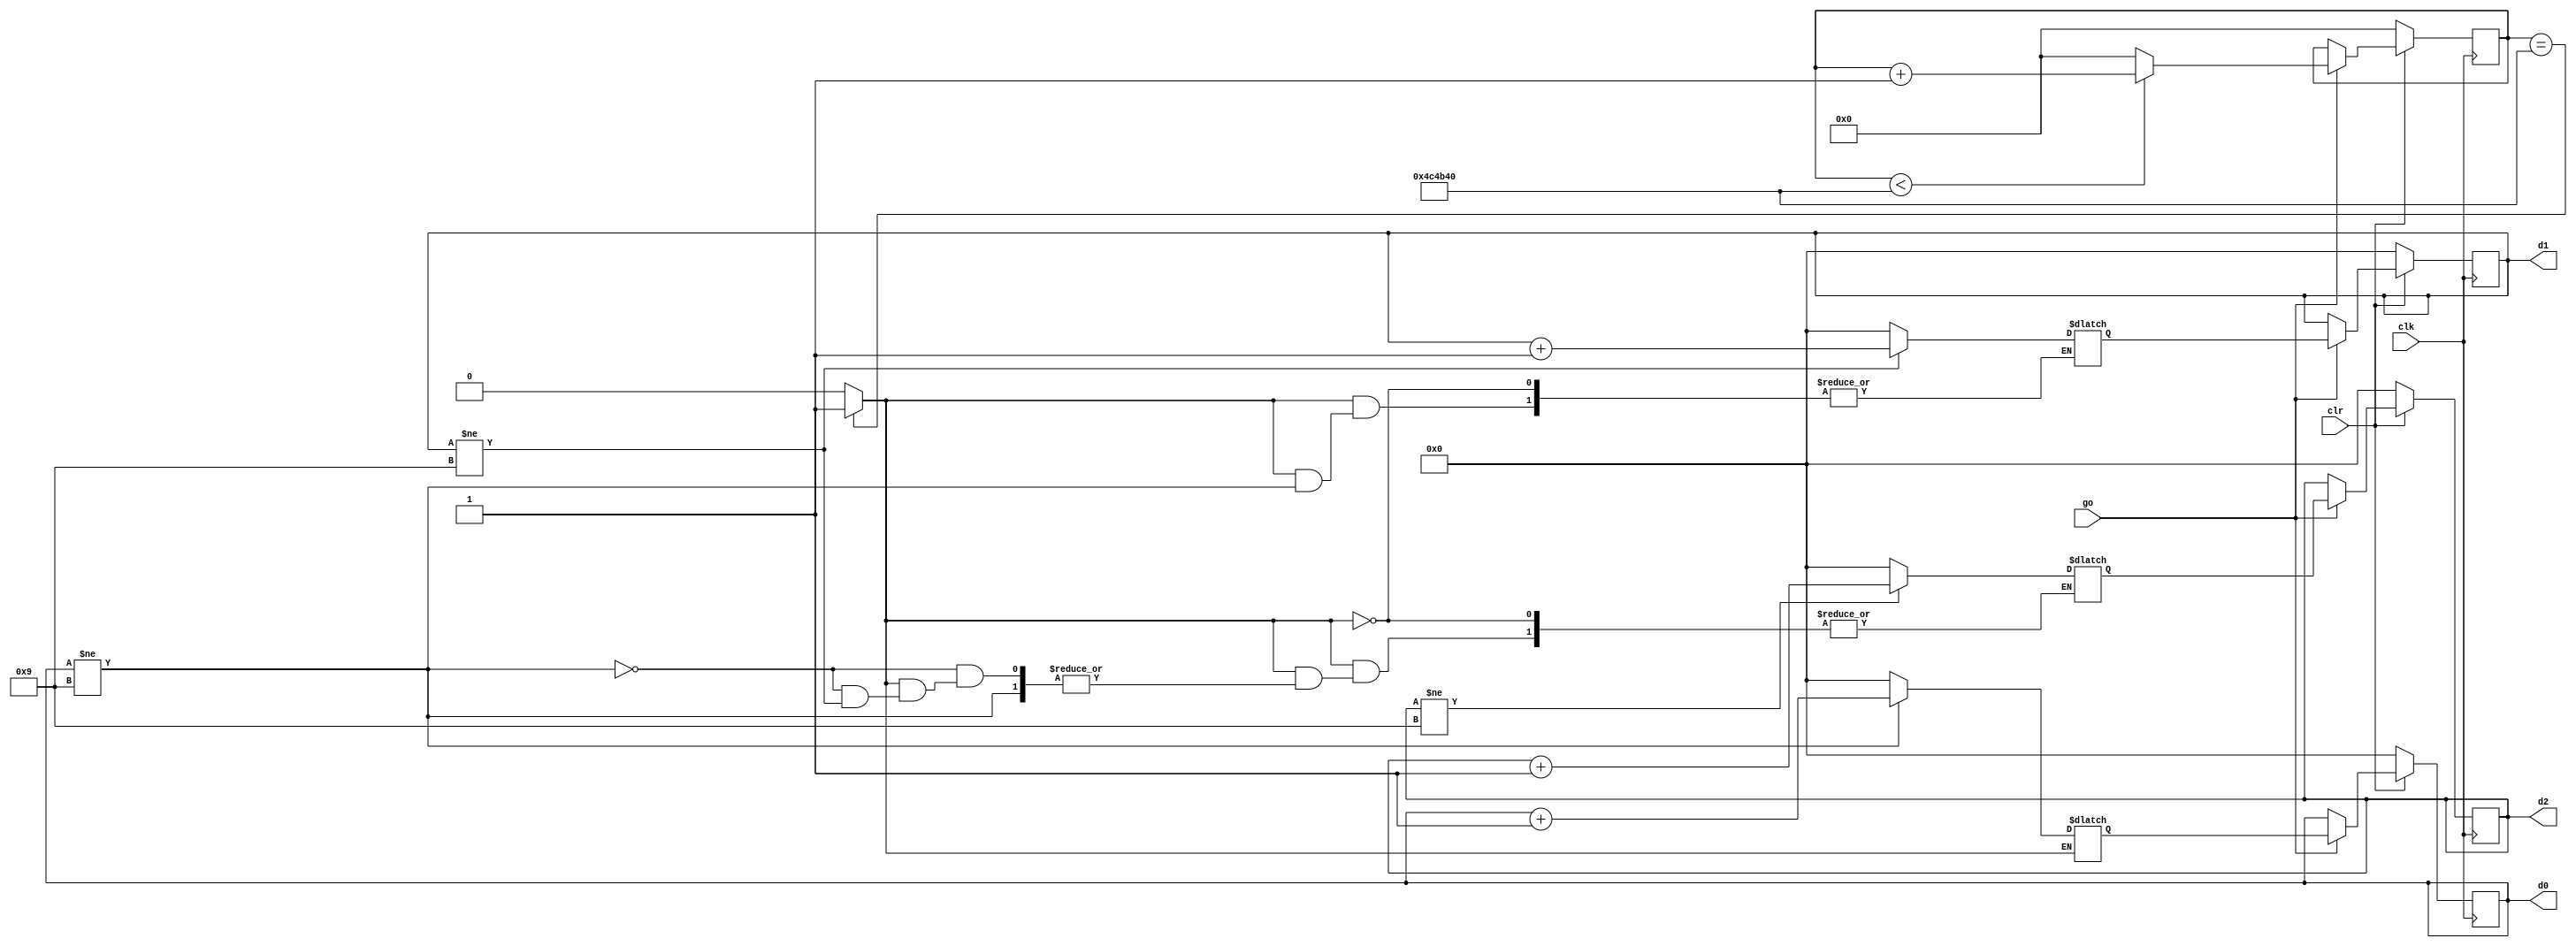
`timescale 1ns / 1ps
//////////////////////////////////////////////////////////////////////////////////
// Company: 
// Engineer: 
// 
// Design Name: 
// Module Name: stop_watch
// Project Name: 
// Target Devices: 
// Tool Versions: 
// Description: 
// 
// Dependencies: 
// 
// Revision:
// Revision 0.01 - File Created
// Additional Comments:
// 
//////////////////////////////////////////////////////////////////////////////////


module stop_watch 
   (input  clk,
    input  go,clr,
    output [3:0] d2,d1,d0         
     );
     localparam COUNT_VALUE = 5000000;
     reg [22:0] ms_reg;
     reg [3:0] d2_reg, d1_reg, d0_reg;
      wire ms_tick;
      reg [3:0] d2_next, d1_next, d0_next;
      always @(posedge clk)
        begin
           if (clr==0)
           begin
              ms_reg <=23'b0;
            d2_reg <= 4'b0;
	          d1_reg <= 4'b0;
            d0_reg <= 4'b0;
           end
           else if (go == 1)
                begin 
                  d2_reg <= d2_next;
	              d1_reg <= d1_next;
d0_reg <= d0_next;
                  if (ms_reg < COUNT_VALUE) 
                     ms_reg <= ms_reg + 1;
                  else
                     ms_reg <= 23'b0;
                end
           end
         assign ms_tick = (ms_reg == COUNT_VALUE) ? 1'b1 : 1'b0;
         always @*
begin
	         if (ms_tick)
	if (d0_reg != 9)
		          d0_next = d0_reg + 1;
	            else
		          begin
			     d0_next = 4'b0;
			     if (d1_reg != 9)
				   d1_next = d1_reg + 1;
			     else
				    begin
					  d1_next = 4'b0;
					  if (d2_reg != 9)
						 d2_next = d2_reg + 1;
					  else 
						d2_next = 4'b0;
				    end
		       end
end
       assign d2 = d2_reg;
       assign d1 = d1_reg;
       assign d0 = d0_reg;
      endmodule